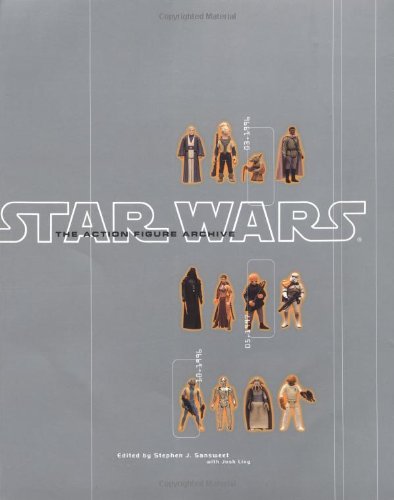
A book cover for The Star Wars Action Figure Archive; Stephen Sansweet; Humor & Entertainment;